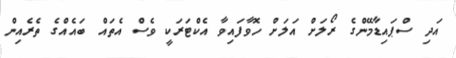
އަދި ސްޕައިޑާމޭންގެ ރޯލަށް އަލަށް ހޮވާފައިވާ އެކްޓަރަކީ ވެސް އެތައް ބައެއްގެ ތެރެއިން